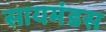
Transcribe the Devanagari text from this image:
सायमंडस